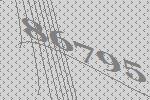
86795